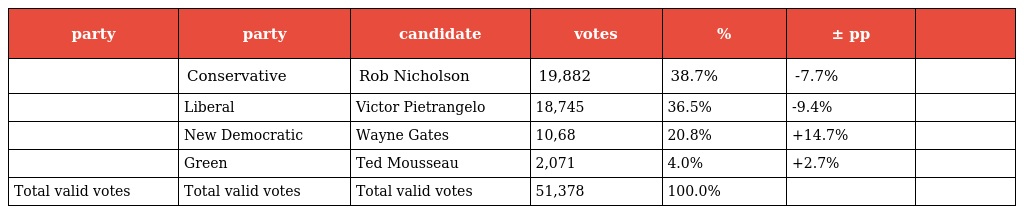
| party | party | candidate | votes | % | ± pp |  |
 | --- | --- | --- | --- | --- | --- | --- |
 |  | Conservative | Rob Nicholson | 19,882 | 38.7% | -7.7% |  |
 |  | Liberal | Victor Pietrangelo | 18,745 | 36.5% | -9.4% |  |
 |  | New Democratic | Wayne Gates | 10,68 | 20.8% | +14.7% |  |
 |  | Green | Ted Mousseau | 2,071 | 4.0% | +2.7% |  |
 | Total valid votes | Total valid votes | Total valid votes | 51,378 | 100.0% |  |  |